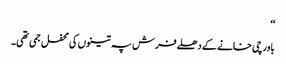
‘‘
باورچی خانے کے دھلے فرش پہ تینوں کی محفل جمی تھی۔